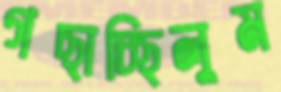
গছাচ্ছিলুম